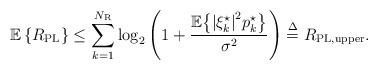
LaTeX: \begin{align*} {\mathbb E}\left\{R_{\rm PL}\right\}\le \sum\limits_{k = 1}^{{N_{\rm{R}}}} {{{\log }_2}\left( {1 + \frac{{\mathbb E}{\left\{ {{{\left| {\xi _k^\star } \right|}^2} }{p_k^\star } \right\}}}{\sigma ^2}} \right)} \buildrel \Delta \over = {R_{{\rm{PL,upper}}}}.\end{align*}